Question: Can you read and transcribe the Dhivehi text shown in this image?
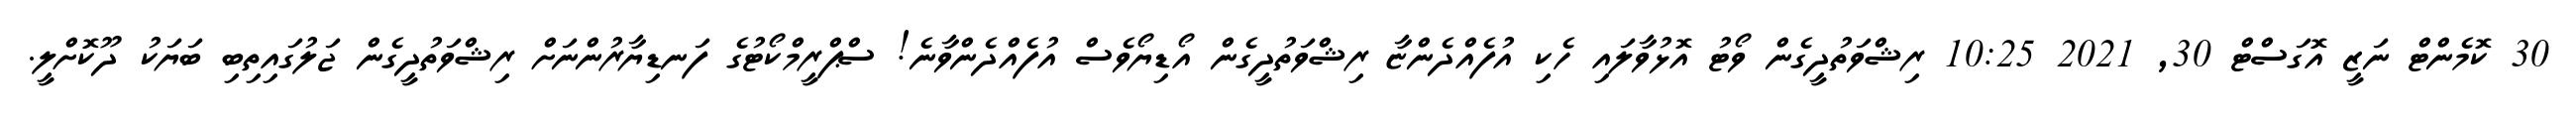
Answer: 30 ކޮމެންޓް ނަޒީ އޮގަސްޓް 30, 2021 10:25 ރިޝްވަތުދީގެން ވޯޓު އޮޅުވާލައި ހެކި އުފެއްދެންޏާ ރިޝްވަތުދީގެން އޯޑިޔޯވެސް އުފެއްދެންވާނެ! ސްޕްރީމްކޯޓުގެ ފަނޑިޔާރުންނަށް ރިޝްވަތުދީގެން ޖަލުގައިތިބި ބަޔަކު ދޫކޮށްލީ.